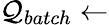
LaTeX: \mathcal{Q}_{batch}\leftarrow